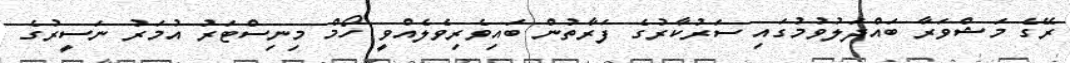
ރޭގެ މަޝްވަރާ ބައްދަލުވުމުގައި ސަރުކާރުގެ ފަރާތުން ބައިވެރިވެލެއްވީ ހޯމް މިނިސްޓަރު އުމަރު ނަސީރުގެ